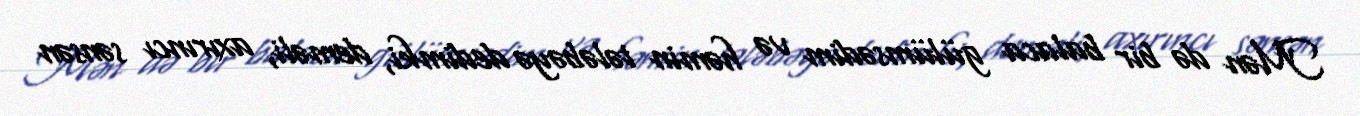
Mən də bir balaca gülümsədim və həmin tələbəyə dedimki, deməli, axırıncı sənsən